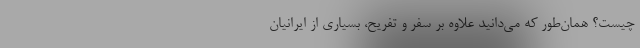
چیست؟ همان‌طور که می‌دانید علاوه بر سفر و تفریح، بسیاری از ایرانیان